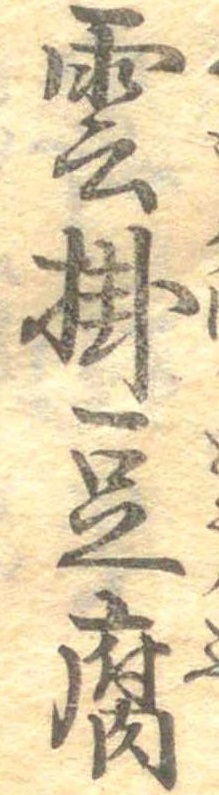
雲掛豆腐